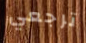
ترجعي